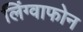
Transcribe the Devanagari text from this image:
लिंग्वाफोन